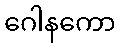
ဂေါနကော